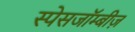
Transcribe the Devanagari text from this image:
स्पेसजॉम्बीज़